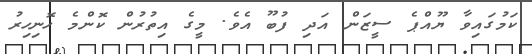
ކަމުގައިވާ ޔޫއްޕެ ސީޒަން އަދި ފުބޫ އެވެ. މީގެ އިތުރުން ކޮންމެ ހޮނިހިރު